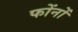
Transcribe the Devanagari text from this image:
फोंनों